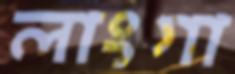
লাংগা